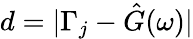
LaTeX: d=|\Gamma_{j}-\hat{G}(\omega)|